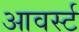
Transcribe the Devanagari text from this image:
आवर्स्ट